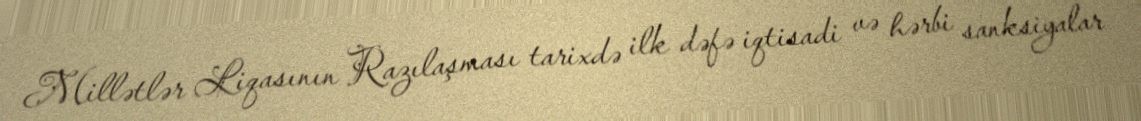
Millətlər Liqasının Razılaşması tarixdə ilk dəfə iqtisadi və hərbi sanksiyalar